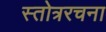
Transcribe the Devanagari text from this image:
स्तोत्ररचना